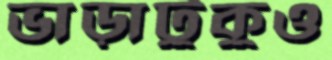
ভাড়াটুকুও